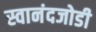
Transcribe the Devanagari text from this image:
स्वानंदजोडी